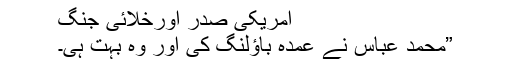
امریکی صدر اورخلائی جنگ
”محمد عباس نے عمدہ باﺅلنگ کی اور وہ بہت ہی۔